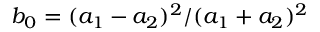
b _ { 0 } = ( a _ { 1 } - a _ { 2 } ) ^ { 2 } / ( a _ { 1 } + a _ { 2 } ) ^ { 2 }